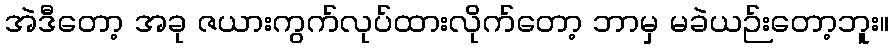
အဲဒီတော့ အခု ဇယားကွက်လုပ်ထားလိုက်တော့ ဘာမှ မခဲယဉ်းတော့ဘူး။